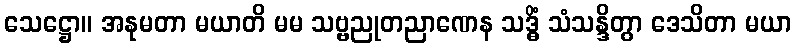
သေဋ္ဌော။ အနုမတာ မယာတိ မမ သဗ္ဗညုတညာဏေန သဒ္ဓိံ သံသန္ဒိတွာ ဒေသိတာ မယာ